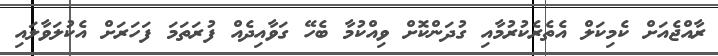
ރާއްޖެއަށް ކެމިކަލް އެތެރެކުރުމާއި ގުދަންކޮށް ވިއްކުމާ ބެހޭ ގަވާއިދެއް ފުރަތަމަ ފަހަރަށް އެކުލަވާލައި